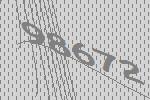
98672